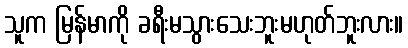
သူက မြန်မာကို ခရီးမသွားသေးဘူးမဟုတ်ဘူးလား။